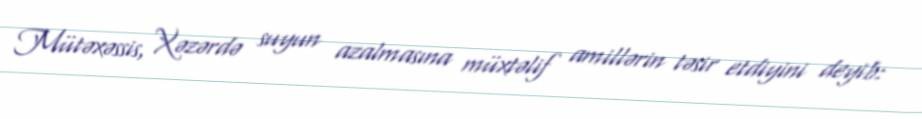
Mütəxəssis, Xəzərdə suyun azalmasına müxtəlif amillərin təsir etdiyini deyib: